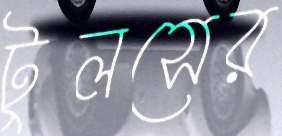
টুলসের